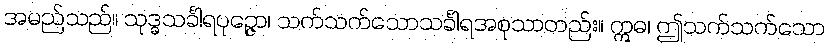
အမည်သည်။ သုဒ္ဓသင်္ခါရပုဉ္ဇော၊ သက်သက်သောသင်္ခါရအစုသာတည်း။ ဣဓ၊ ဤသက်သက်သော